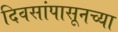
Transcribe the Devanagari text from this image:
दिवसांपासूनच्या